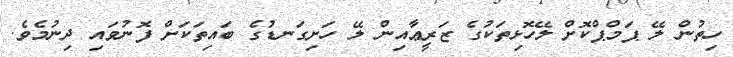
ހިތުން ލޭ ޕަމްޕްކޮށް ލޭހޮޅިތަކުގެ ޒަރީޢާއިން ލޭ ހަށިގަނޑުގެ ބައިތަކަށް ފޮނުވައި ދިނުމެވެ.